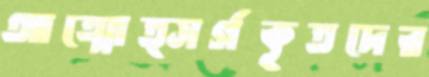
আত্মোত্সর্গকৃতদের